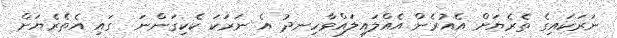
ނަރަކައިގެ ތެރެޔަށް އެއުރެން އެއްލައިލައްވާހިނދު އެ ނަރަކަ ކެކިގަންނަ  ގައި އެތެރެޔަށް